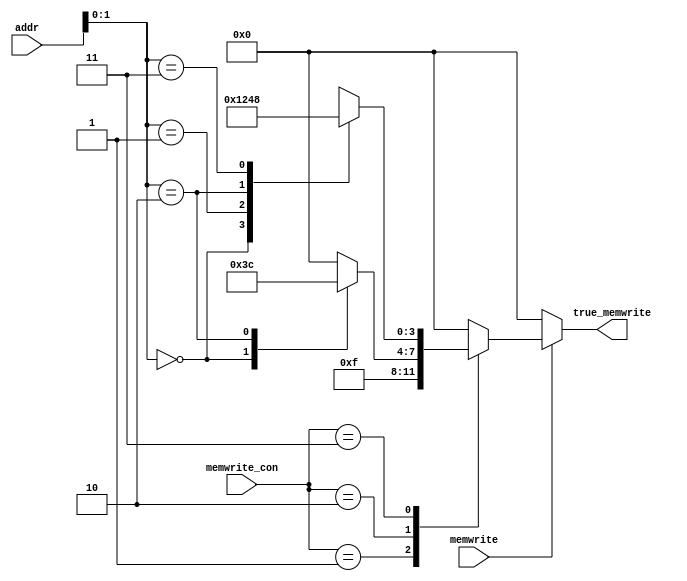
`timescale 1ns / 1ps
//////////////////////////////////////////////////////////////////////////////////
// Company: 
// Engineer: 
// 
// Design Name: 
// Module Name: memwrite_mux
// Project Name: 
// Target Devices: 
// Tool Versions: 
// Description: 
// 
// Dependencies: 
// 
// Revision:
// Revision 0.01 - File Created
// Additional Comments:
// 
//////////////////////////////////////////////////////////////////////////////////


module memwrite_mux(
    input wire memwrite,
    input wire[1:0] memwrite_con,
    input wire[31:0] addr,
    
    output reg[3:0] true_memwrite
    );
    always @(*) begin
        if (memwrite) begin  
            case (memwrite_con) 
                2'b01: true_memwrite <= 4'b1111;    //SW
                
                2'b10: case(addr[1:0])              //SH
                    2'b00: true_memwrite <= 4'b0011;
                    2'b10: true_memwrite <= 4'b1100;
                    default: true_memwrite <= 4'b0000;
                endcase
                
                2'b11: case(addr[1:0])              //SB
                    2'b00: true_memwrite <= 4'b0001;
                    2'b01: true_memwrite <= 4'b0010;
                    2'b10: true_memwrite <= 4'b0100;
                    2'b11: true_memwrite <= 4'b1000;
                    default: true_memwrite <= 4'b0000;
                endcase
                
                default: true_memwrite <= 4'b0000;
            endcase
        end
        else begin //
            true_memwrite <= 4'b0000;
        end
    end
endmodule